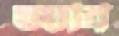
জাবি